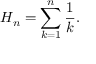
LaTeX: H _ { n } = \sum _ { k = 1 } ^ { n } { \frac { 1 } { k } } .